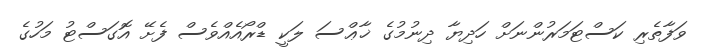
ވަފާތެރި ކަސްޓަމަރުންނަށް ހަދިޔާ ދިނުމުގެ ޚާޢްސަ ލަކީ ޑްރޯއެއްވެސް ފެށޭ އޮގަސްޓު މަހުގެ